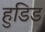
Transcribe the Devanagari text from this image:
हुडिड